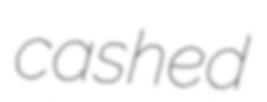
cashed